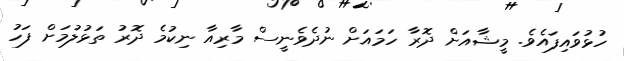
ހުޅުވައިފައެވެ. މީޝާއަށް ދޮރާ ހަމަައަށް ނުދެވެނީސް މާރިއާ ނިކުމެ ދޮރު ތަޅުލުމަށް ފަހު